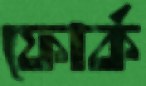
ফোর্ক